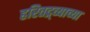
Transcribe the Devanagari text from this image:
हरितद्र्व्याच्या